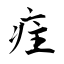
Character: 疰